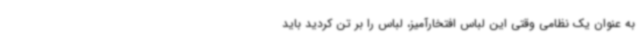
به عنوان یک نظامی وقتی این لباس افتخارآمیز، لباس را بر تن کردید باید